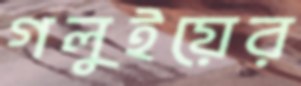
গলুইয়ের